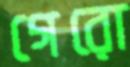
গেরো